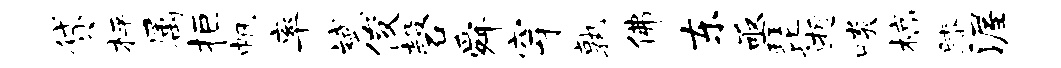
贷枰属拒帆率斌俊磬舜穿孰佛东亟琵逝啖槁膝渥